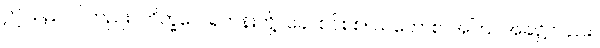
ဤသည်ပင်တည်း။ ဘိက္ခဝေ၊ ရဟန်းတို့။ ခေါ၊ စင်စစ်။ ယတောစ၊ အကြင်အခါ၌လည်း။